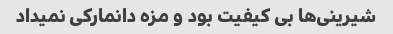
شیرینى‌ها بى کیفیت بود و مزه دانمارکی نمیداد